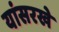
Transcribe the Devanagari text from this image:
यांसरखे